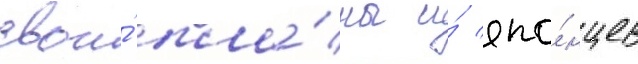
свои́ пла́ны и́ япо́нцев